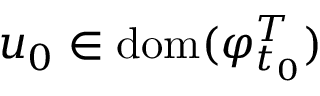
u _ { 0 } \in \mathrm { d o m } ( \varphi _ { t _ { 0 } } ^ { T } )